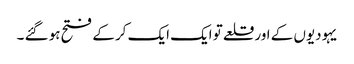
یہودیوں کے اور قلعے تو ایک ایک کر کے فتح ہو گئے ۔